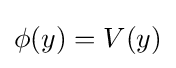
\phi (y)=V(y)